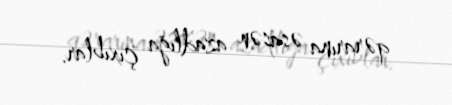
qərarına əsasən azadlığa çıxıblar.